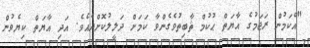
"އެކަމުން ރަޖަމުގެ އާޔަތް ޙުކުމް ޘާބިތުވެގެންވާ ކަމަށް ދަލީލުކޮށްދެއެވެ. އަދި އާޔަތް ކިޔެވުން